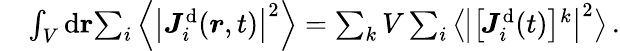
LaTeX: \begin{array}{rl}&{\int_{V}\mathrm{d}\mathbf{{\boldsymbol{r}}}{\sum_{i}\left\langle\left\vert{{\boldsymbol{J}}}_{i}^{\mathrm{d}}({\boldsymbol{r}},t)\right\vert^{2}\right\rangle}=\sum_{k}V\sum_{i}\left\langle\big\vert\right[\boldsymbol{J}_{i}^{\mathrm{d}}(t)\left]^{k}\right\vert^{2}\big\rangle\, .}\end{array}